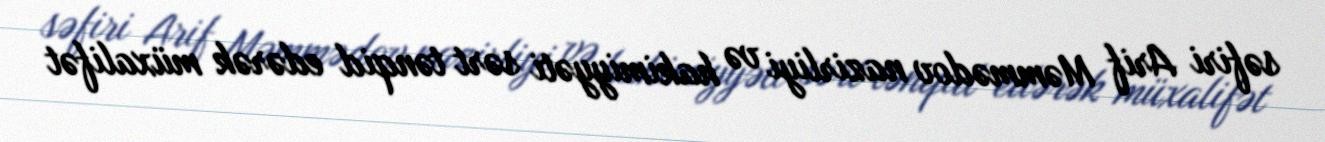
səfiri Arif Məmmədov nazirliyi və hakimiyyəti sərt tənqid edərək müxalifət